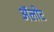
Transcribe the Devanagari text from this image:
अॅलोट